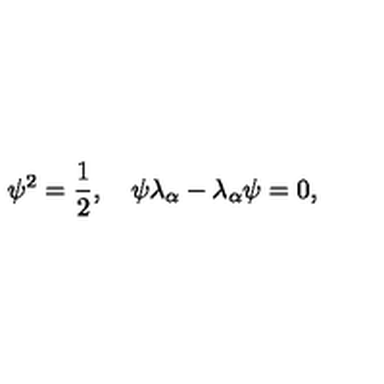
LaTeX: \psi ^ { 2 } = { \frac { 1 } { 2 } } , \quad \psi \lambda _ { \alpha } - \lambda _ { \alpha } \psi = 0 ,